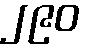
၂၉၀